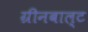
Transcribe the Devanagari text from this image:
ग्रीनबाल्ट